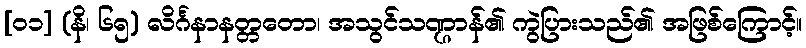
[၀၁] (နိ၊ ၆၅) လိင်္ဂနာနတ္တတော၊ အသွင်သဏ္ဌာန်၏ ကွဲပြားသည်၏ အဖြစ်ကြောင့်။